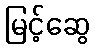
မြင့်ဆွေ